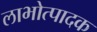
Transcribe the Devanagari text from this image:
लाभोत्पादक